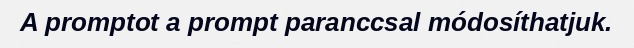
A promptot a prompt paranccsal módosíthatjuk.